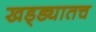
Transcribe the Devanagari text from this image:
खड्ड्यातच